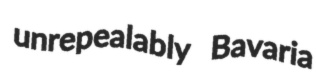
unrepealably Bavaria